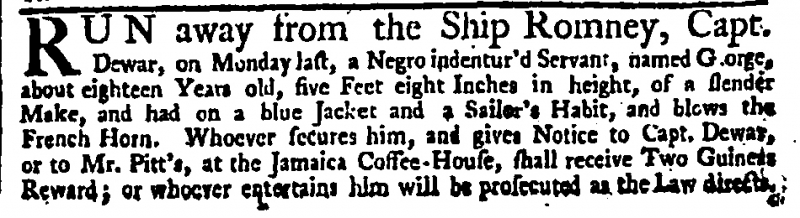
Daily Advertiser, 3 March 1744 (England)
RUN away from the Ship Romney, Capt. Dewar, on Monday last, a Negro indentur’d Servant, named George, about eighteen Years old, five Feet eight Inches in height, of a slender Make, and had on a blue Jacket and a Sailor’s Habit, and blows the French Horn. Whoever secures him, and gives Notice to Capt. Dewar, or to Mr. Pitt's, at the Jamaica Coffee-House, shall receive Two Guineas Reward; or whoever entertains him will be prosecuted as the Law directs.